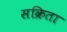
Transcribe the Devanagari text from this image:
सक्रिता